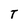
Character: T